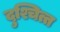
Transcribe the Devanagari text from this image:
दुश्चित्त